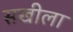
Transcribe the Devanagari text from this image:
सखीला